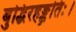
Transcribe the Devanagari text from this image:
बुद्धिरहङ्कृतिः।